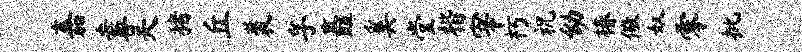
嘉盍吴猪丘裘孚矗奚堂楷宰朽祝幼椿儆奴零批